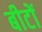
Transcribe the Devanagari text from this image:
बीटों